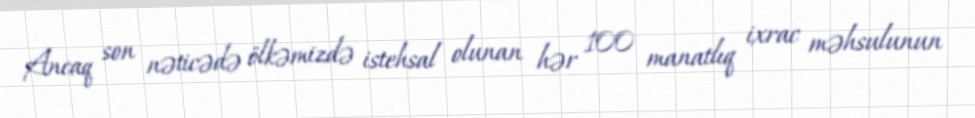
Ancaq son nəticədə ölkəmizdə istehsal olunan hər 100 manatlıq ixrac məhsulunun